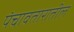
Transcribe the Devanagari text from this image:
पंचावतारातील